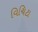
વિચિટા